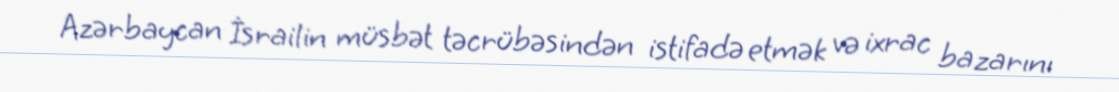
Azərbaycan İsrailin müsbət təcrübəsindən istifadə etmək və ixrac bazarını